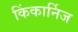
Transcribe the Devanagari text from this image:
किंकार्निज